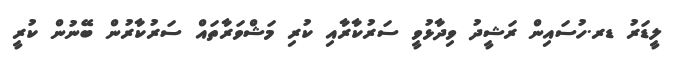
ލީޑަރު ޑރ.ހުސައިން ރަޝީދު ވިދާޅުވީ ސަރުކާރާއި ކުރި މަޝްވަރާތައް ސަރުކާރުން ބޭނުން ކުރީ